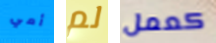
أمي لم كعمل